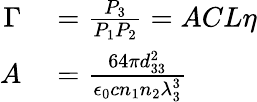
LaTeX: \begin{array}{rl}{\Gamma}&{{}=\frac{P_{3}}{P_{1}P_{2}}=ACL\eta}\\ {A}&{{}=\frac{64\pi d_{33}^{2}}{\epsilon_{0}cn_{1}n_{2}\lambda_{3}^{3}}}\end{array}